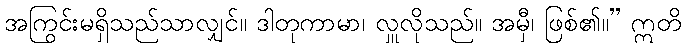
အကြွင်းမရှိသည်သာလျှင်။ ဒါတုကာမာ၊ လှူလိုသည်။ အမှီ၊ ဖြစ်၏။” ဣတိ